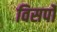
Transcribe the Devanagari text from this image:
विसर्पो